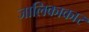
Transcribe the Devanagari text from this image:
जालिकाकार